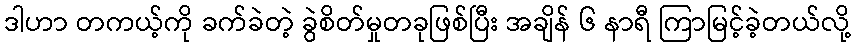
ဒါဟာ တကယ့်ကို ခက်ခဲတဲ့ ခွဲစိတ်မှုတခုဖြစ်ပြီး အချိန် ၆ နာရီ ကြာမြင့်ခဲ့တယ်လို့